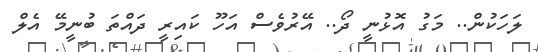
ލަހަކުން.. މަގު އޮޅުނީ ދޯ.. އޭރުވެސް އަހޫ ކައިރީ ދައްތަ ބުނީމޭ އެލް